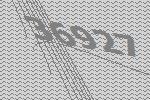
36927